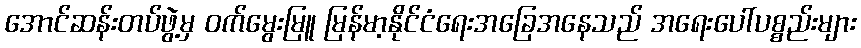
အောင်ဆန်းတပ်ဖွဲ့မှ ဝက်မွေးမြူ မြန်မာ့နိုင်ငံရေးအခြေအနေသည် အရေးပေါ်ပစ္စည်းများ